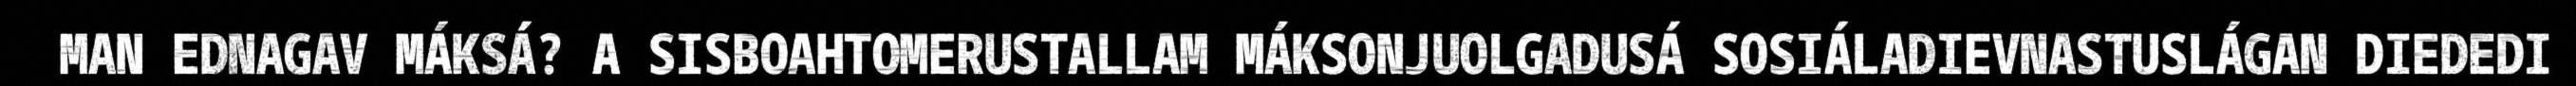
MAN EDNAGAV MÁKSÁ? A SISBOAHTOMERUSTALLAM MÁKSONJUOLGADUSÁ SOSIÁLADIEVNASTUSLÁGAN DIEDEDI